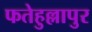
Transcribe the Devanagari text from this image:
फतेहुल्लापुर